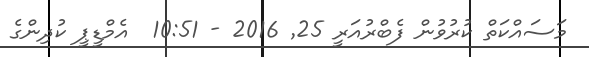
މަސައްކަތް ކުރުވުން ފެބްރުއަރީ 25